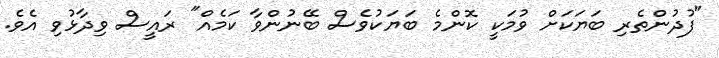
"ފުދުންތެރި ބަޔަކަށް ވުމަކީ ކޮންމެ ބަޔަކުވެސް ބޭނުންވާ ކަމެއް" ރައީސް ވިދާޅުވި އެވެ.